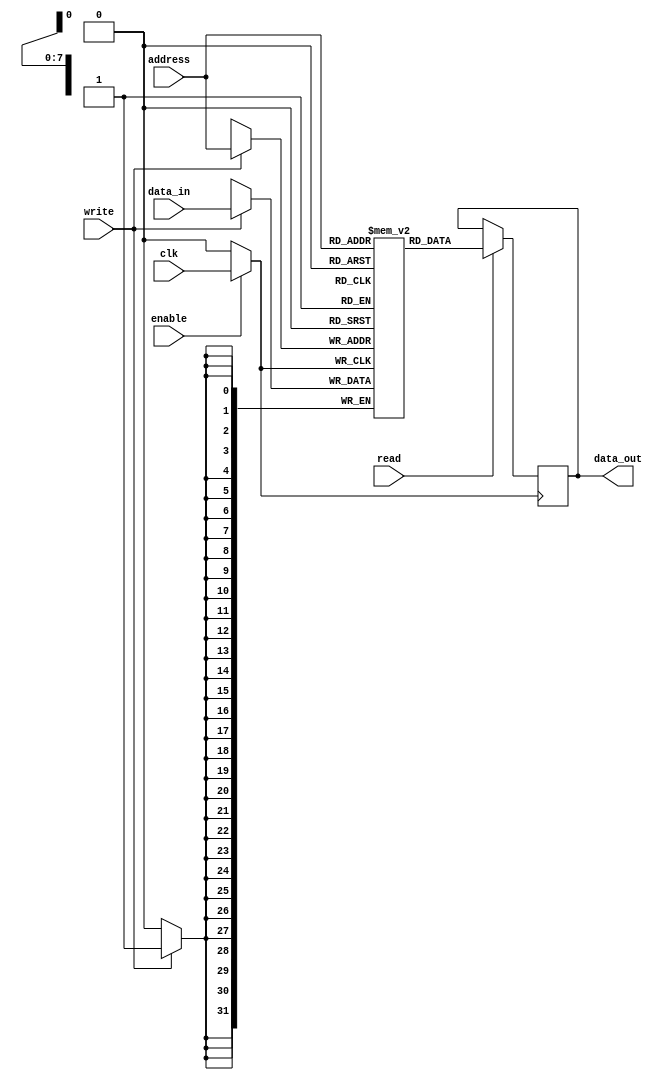
module MemoryBlock (
    input wire clk,                // Original clock signal
    input wire enable,             // Enable signal for clock gating
    input wire [7:0] address,      // Address input for memory access
    input wire [31:0] data_in,     // Data input for write operations
    input wire read,               // Read control signal
    input wire write,              // Write control signal
    output reg [31:0] data_out     // Data output for read operations
);

    // Memory array declaration (256 x 32-bit memory)
    reg [31:0] memory_array [0:255];

    // Gated clock signal
    wire gated_clk;

    // Clock gating logic
    assign gated_clk = enable ? clk : 1'b0;

    // Read/Write logic
    always @(posedge gated_clk) begin
        if (write) begin
            memory_array[address] <= data_in; // Write data to memory
        end
        if (read) begin
            data_out <= memory_array[address]; // Read data from memory
        end
    end

endmodule